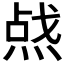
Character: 𰞿